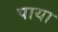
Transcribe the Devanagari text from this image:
पाया